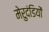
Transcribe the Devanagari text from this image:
मेरुदंडियों